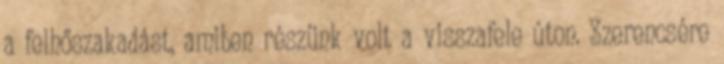
a felhőszakadást, amiben részünk volt a visszafele úton. Szerencsére